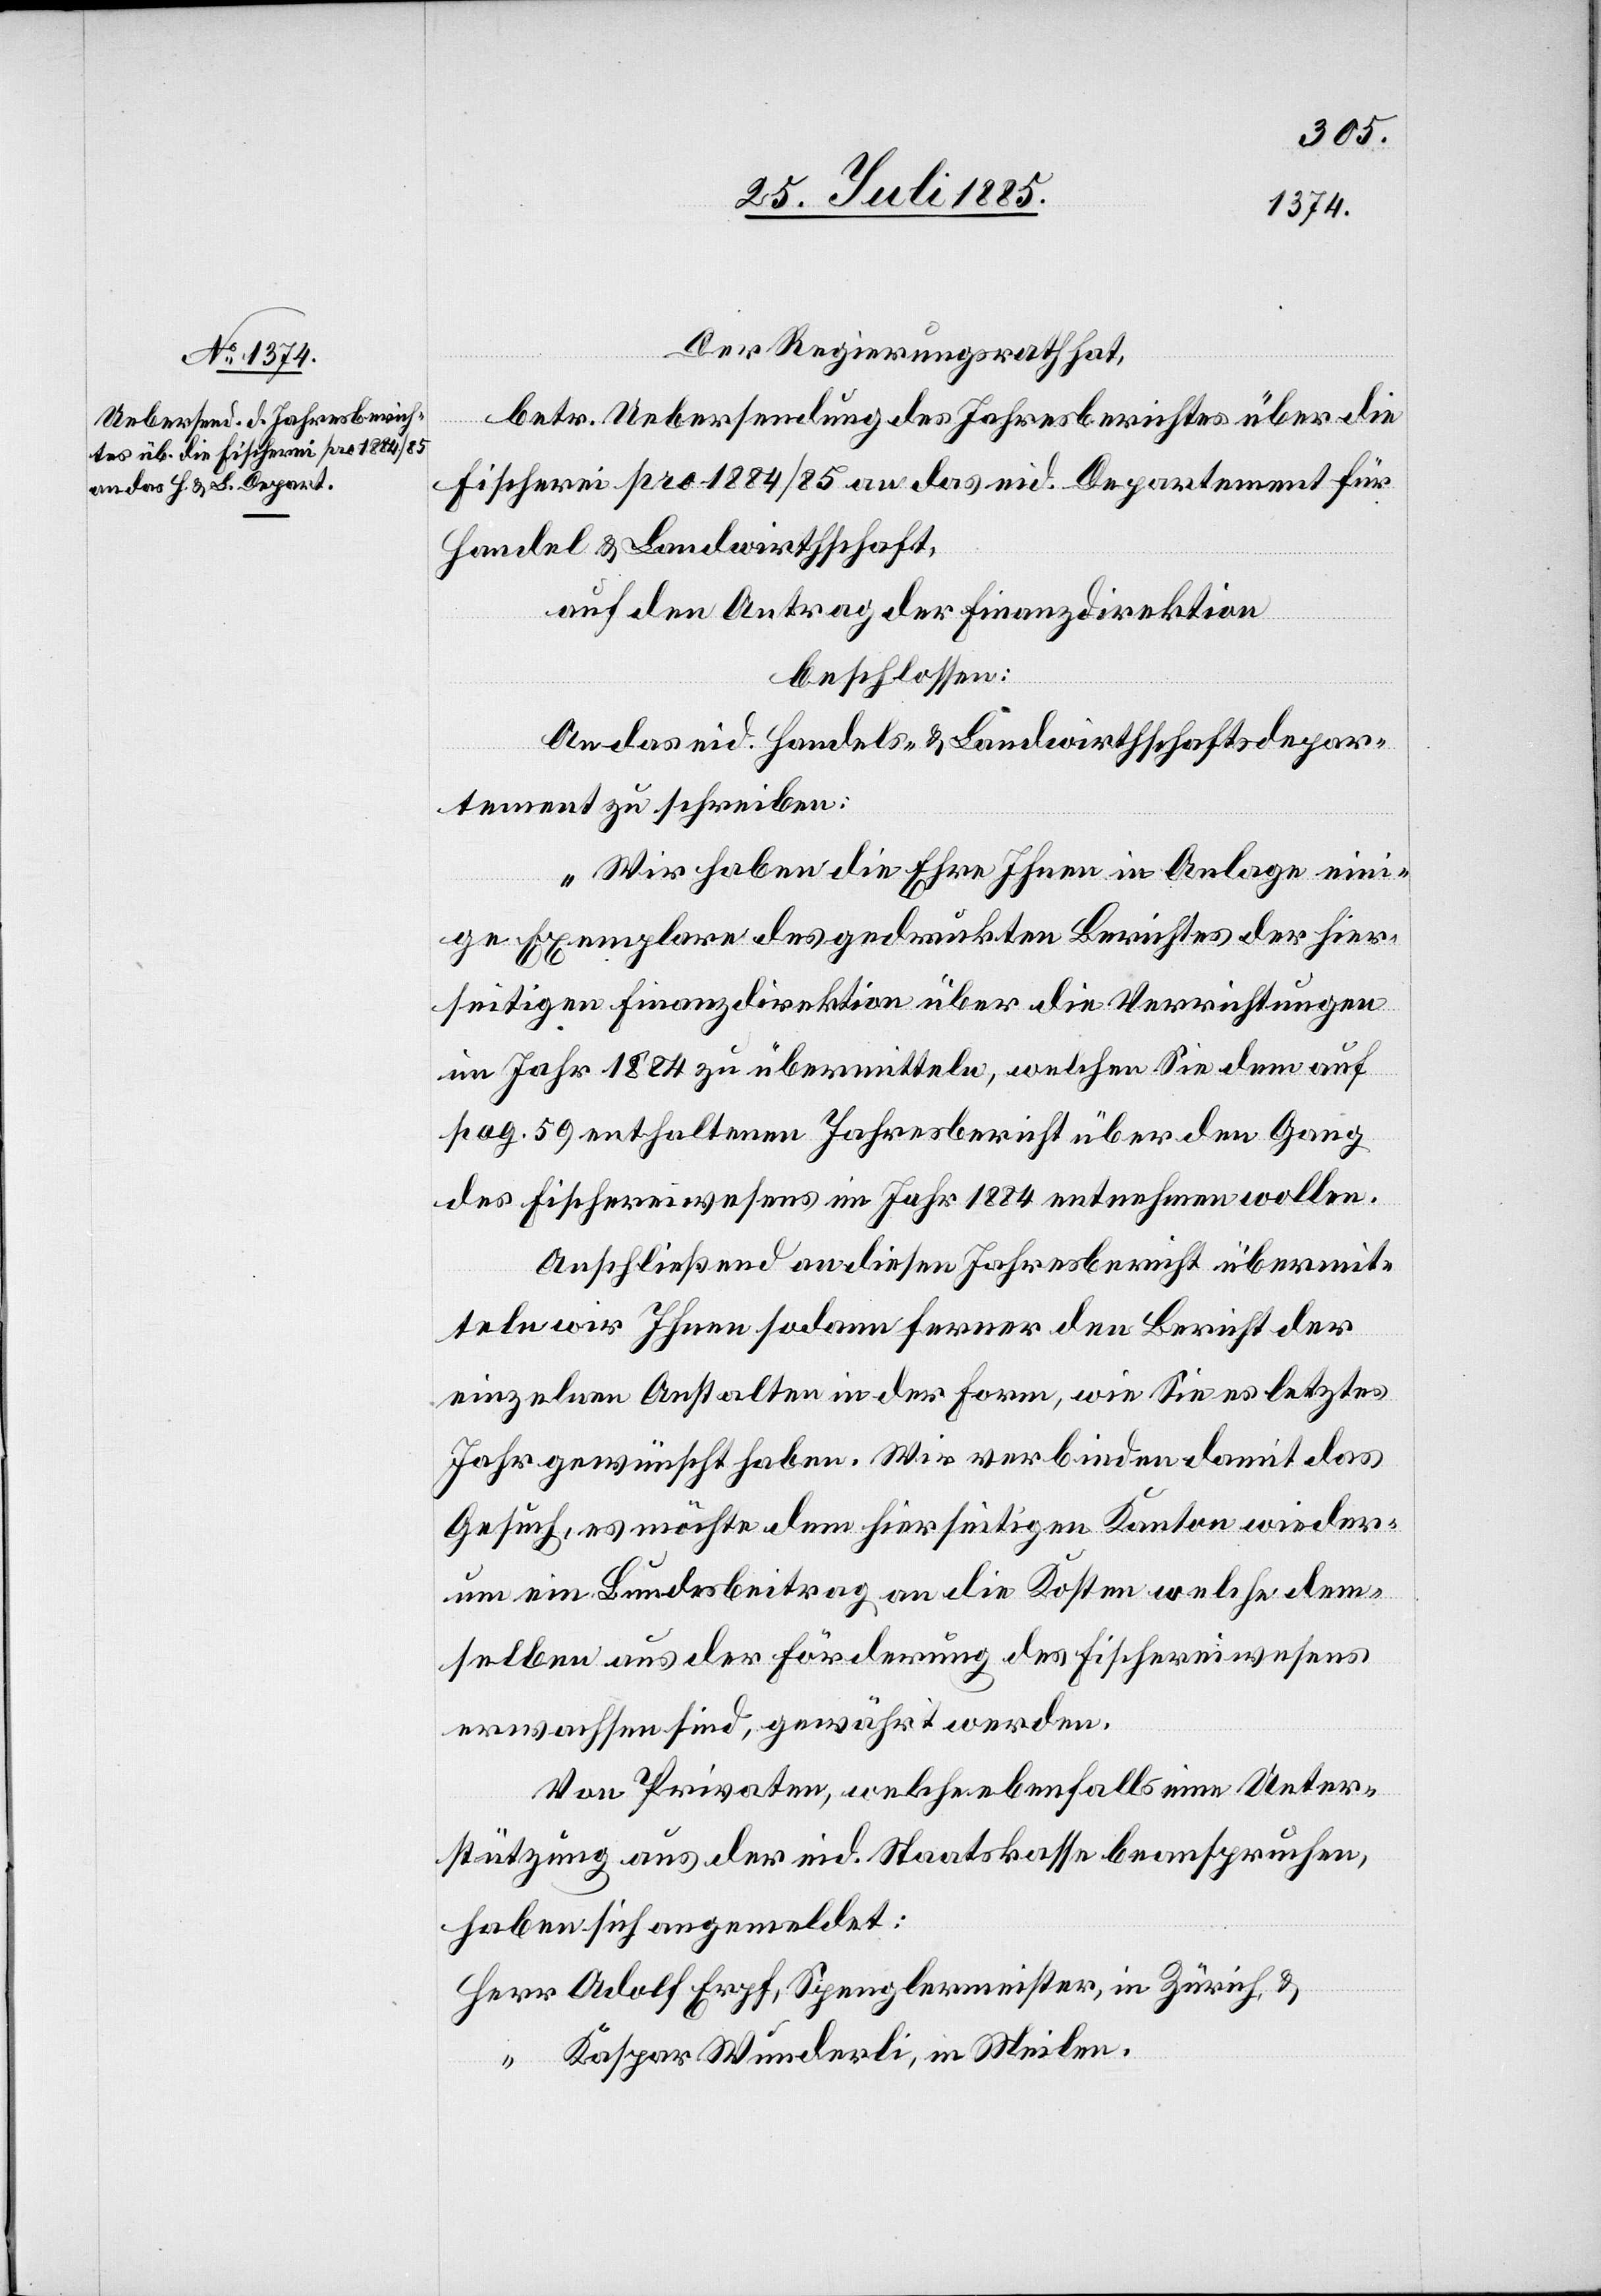
Der Regierungsrath hat,
betr. Uebersendung des Jahresberichtes über die
Fischerei pro 1884/85 an das eid. Departement für
Handel & Landwirthschaft,
auf den Antrag der Finanzdirektion
beschlossen:
An das eid. Handels- & Landwirthschaftsdepar¬
tement zu schreiben:
„Wir haben die Ehre Ihnen in Anlage eini¬
ge Exemplare des gedruckten Berichtes der hier¬
seitigen Finanzdirektion über die Verrichtungen
im Jahr 1884 zu übermitteln, welchen Sie dem auf
pag. 59 enthaltenen Jahresbericht über den Gang
des Fischereiwesens im Jahr 1884 entnehmen wollen.
Anschließend an diesen Jahresbericht übermit¬
teln wir Ihnen sodann ferner den Bericht der
einzelnen Anstalten in der Form, wie Sie es letztes
Jahr gewünscht haben. Wir verbinden damit das
Gesuch, es möchte dem hierseitigen Kanton wieder¬
um ein Bundesbeitrag an die Kosten welche dem¬
selben aus der Förderung des Fischereiwesens
erwachsen sind, gewährt werden.
Von Privaten, welche ebenfalls eine Unter¬
stützung aus der eid. Staatskasse beanspruchen
haben sich angemeldet:
Kaspar Wunderli, in Meilen.